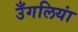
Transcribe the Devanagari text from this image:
उँगलियां